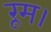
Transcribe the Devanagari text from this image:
रूम।